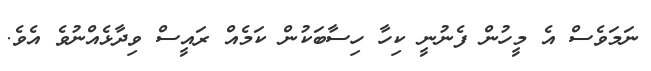
ނަމަވެސް އެ މީހުން ފެނުނީ ކިހާ ހިސާބަކުން ކަމެއް ރައީސް ވިދާޅެއްނުވެ އެވެ.